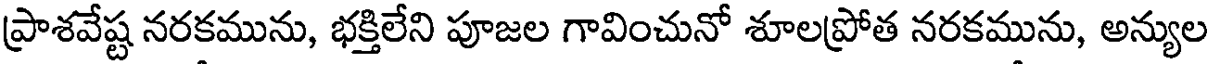
ప్రాశవేష్ట నరకమును, భక్తిలేని పూజల గావించునో శూలప్రోత నరకమును, అన్యుల